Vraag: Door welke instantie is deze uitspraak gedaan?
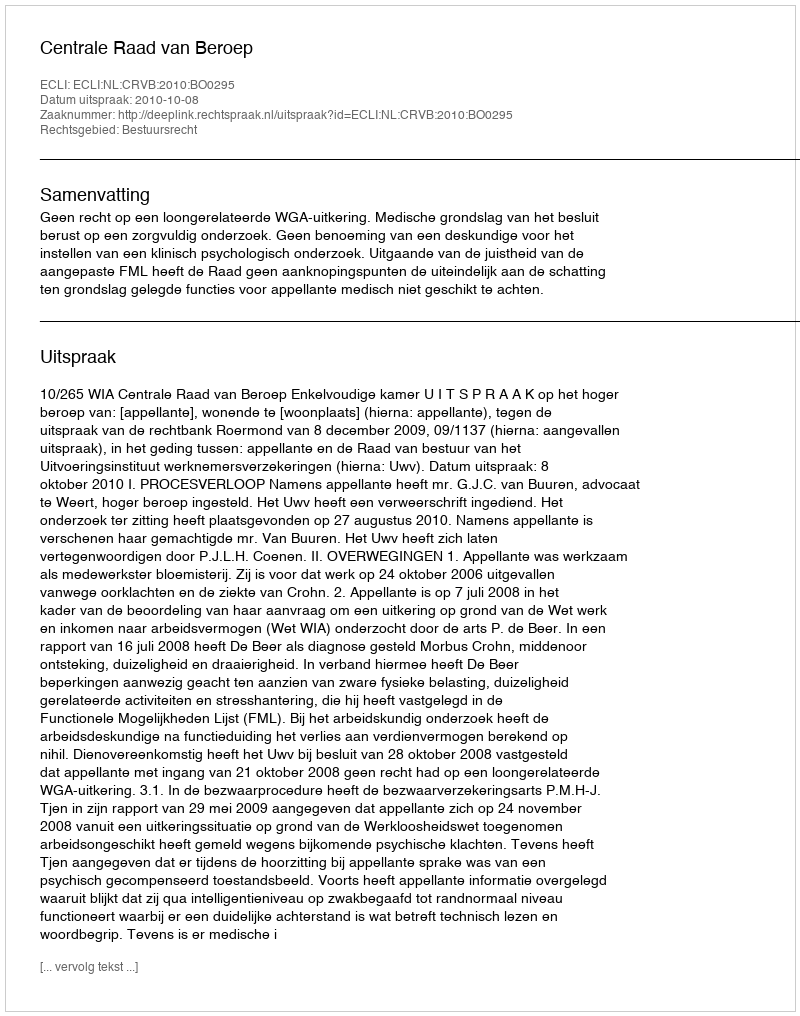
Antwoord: Centrale Raad van Beroep